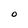
Character: 0